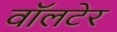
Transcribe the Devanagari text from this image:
वॉलटेर